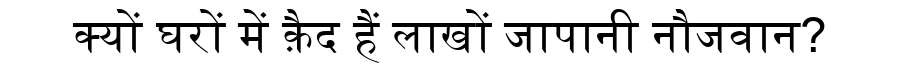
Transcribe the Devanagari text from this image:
क्यों घरों में क़ैद हैं लाखों जापानी नौजवान?